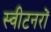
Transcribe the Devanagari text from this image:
स्वीटनरों